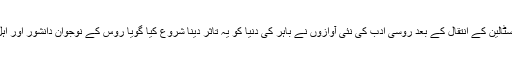
یہاں تک کہ مارچ ۱۹۵۳ء کو اسٹالین کے انتقال کے بعد روسی ادب کی نئی آوازوں نے باہر کی دنیا کو یہ تاثر دینا شروع کیا گویا روس کے نوجوان دانشور اور اہل قلم اس نظام سے بے زار ہیں۔